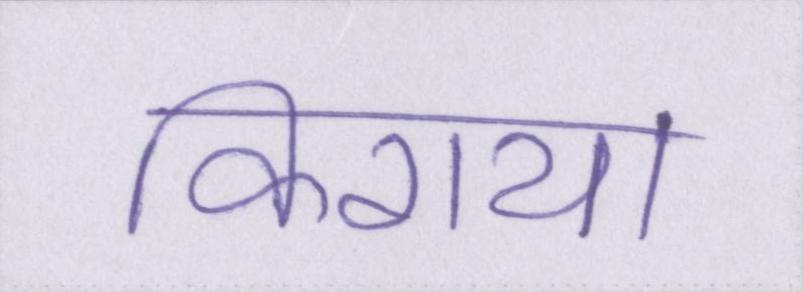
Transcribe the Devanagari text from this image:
किराया